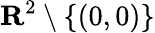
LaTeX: \mathbf{R}^{2}\setminus\{ (0,0)\}